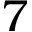
7